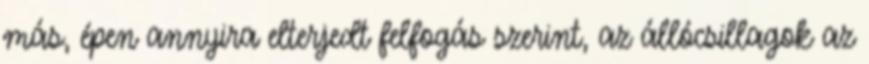
más, épen annyira elterjedt felfogás szerint, az állócsillagok az